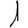
Digit: 1